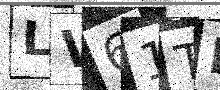
Text: LV61TP